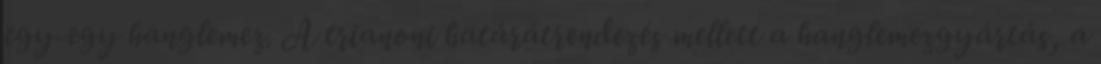
egy-egy hanglemez. A trianoni határátrendezés mellett a hanglemezgyártás, a